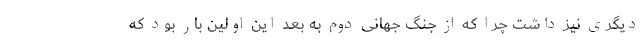
دیگری نیز داشت چرا که از جنگ جهانی دوم به بعد این اولین بار بود که